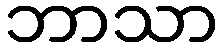
ဘာသာ